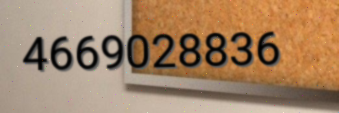
4669028836